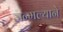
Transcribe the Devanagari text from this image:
जन्मल्याने